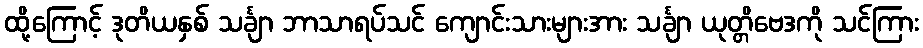
ထို့ကြောင့် ဒုတိယနှစ် သင်္ချာ ဘာသာရပ်သင် ကျောင်းသားများအား သင်္ချာ ယုတ္တိဗေဒကို သင်ကြား